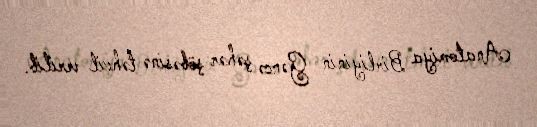
Anatomiya Birliyinin Gəncə şəhər şöbəsinə təhvil verilib.